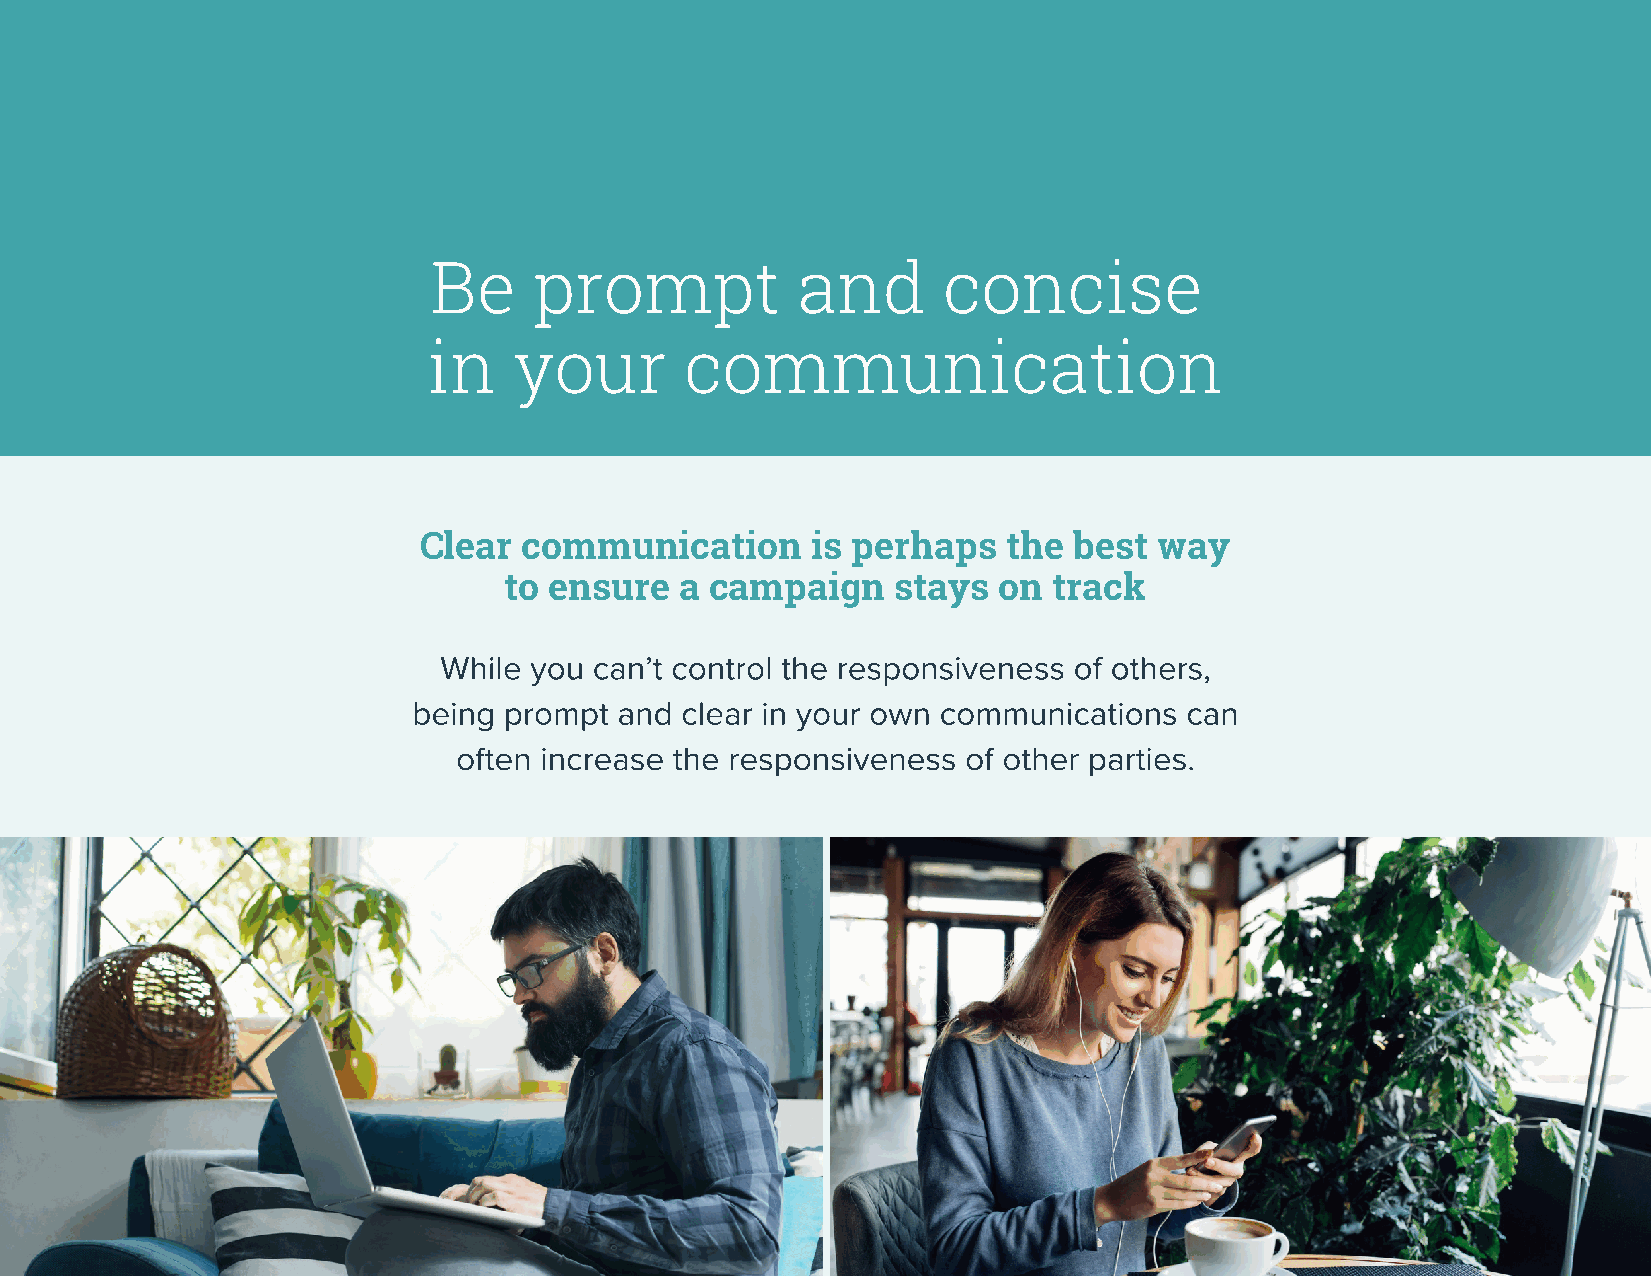
Be    prompt            and      concise
 in    your       communication
 Clear  communication      is perhaps   the best  way
 to ensure   a campaign    stays  on  track
 While you can’t control the responsiveness of others,
 being prompt  and clear in your own communications can
 often increase the responsiveness of other parties.